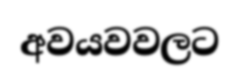
අවයවවලට